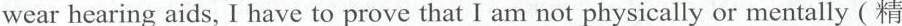
wear hearing aids, I have to prove that I am not physically or mentally (精